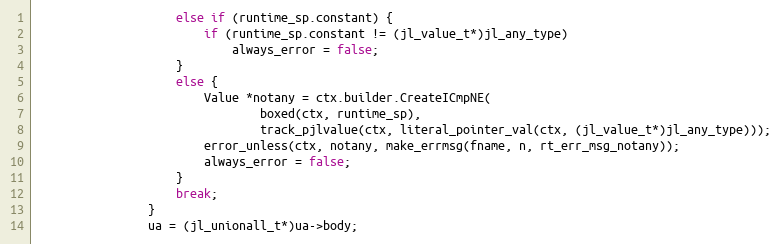
Language: C++
                    else if (runtime_sp.constant) {
                        if (runtime_sp.constant != (jl_value_t*)jl_any_type)
                            always_error = false;
                    }
                    else {
                        Value *notany = ctx.builder.CreateICmpNE(
                                boxed(ctx, runtime_sp),
                                track_pjlvalue(ctx, literal_pointer_val(ctx, (jl_value_t*)jl_any_type)));
                        error_unless(ctx, notany, make_errmsg(fname, n, rt_err_msg_notany));
                        always_error = false;
                    }
                    break;
                }
                ua = (jl_unionall_t*)ua->body;